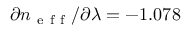
\partial n _ { \mathrm { ~ e ~ f ~ f ~ } } / \partial \lambda = - 1 . 0 7 8